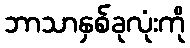
ဘာသာနှစ်ခုလုံးကို